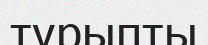
тұрыпты